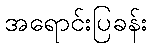
အရောင်းပြခန်း